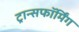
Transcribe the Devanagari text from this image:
ट्रान्सफॉर्मिंग